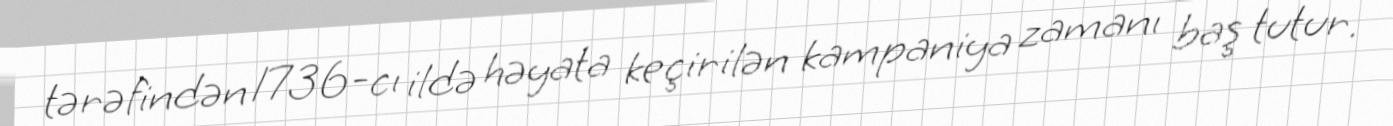
tərəfindən 1736-cı ildə həyata keçirilən kampaniya zamanı baş tutur.